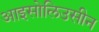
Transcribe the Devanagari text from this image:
आइसोलिउसीन